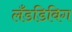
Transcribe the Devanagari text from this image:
लँडडिविग